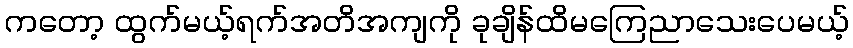
ကတော့ ထွက်မယ့်ရက်အတိအကျကို ခုချိန်ထိမကြေညာသေးပေမယ့်